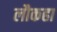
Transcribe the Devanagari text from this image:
लौकहा